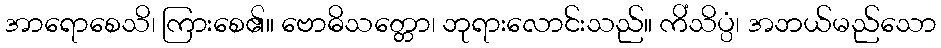
အာရောစေသိ၊ ကြားစေ၏။ ဗောဓိသတ္တော၊ ဘုရားလောင်းသည်။ ကိံသိပ္ပံ၊ အဘယ်မည်သော